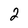
Character: 2